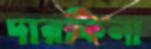
দারকিনা